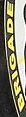
BRIGADE